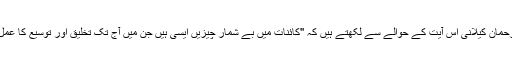
مولانا عبدالرحمان کیلانی اس آیت کے حوالے سے لکھتے ہیں کہ ''کائنات میں بے شمار چیزیں ایسی ہیں جن میں آج تک تخلیق اور توسیع کا عمل جاری ہے۔